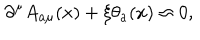
\partial ^ { \mu } A _ { a \mu } ( x ) + \xi \theta _ { a } ( x ) \approx 0 ,